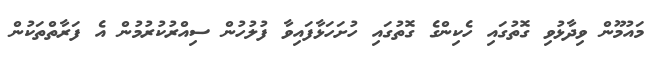
މައުމޫން ވިދާޅުވި ގޮތުގައި ހެކިންގެ ގޮތުގައި ހުށަހަޅާފައިވާ ފުލުހުން ސިއްރުކުރުމުން އެ ފަރާތްތަކުން